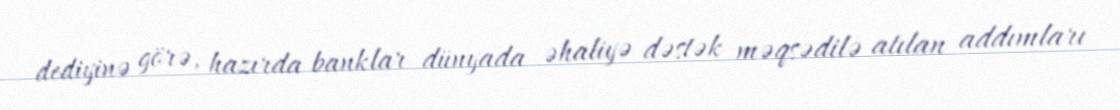
dediyinə görə, hazırda banklar dünyada əhaliyə dəstək məqsədilə atılan addımları